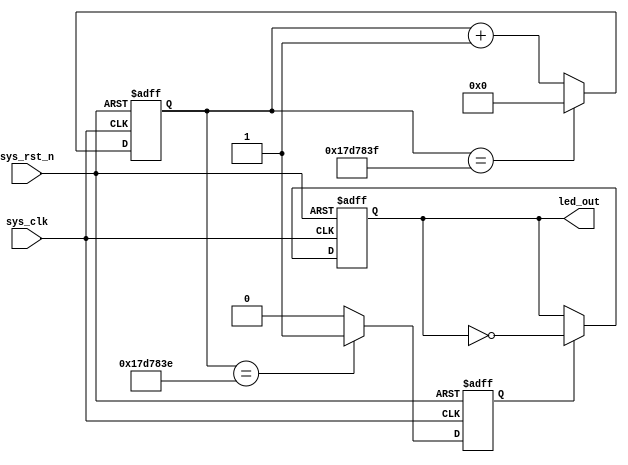
/*
counter with flag
*/
module counter
#(
	parameter cnt_max	= 25'd24_999_999
)
(
	input 	wire	sys_clk,
	input 	wire	sys_rst_n,
	output 	reg		led_out
);

reg 	[24:0]	cnt;
reg				cnt_flag;

always@(posedge sys_clk or negedge sys_rst_n)
	if(sys_rst_n == 1'b0)
		cnt <= 25'b0;
	else if (cnt == cnt_max)
		cnt <= 25'b0;
	else 
		cnt <= cnt + 1'b1;

always@(posedge sys_clk or negedge sys_rst_n)
	if(sys_rst_n == 1'b0)
		cnt_flag <= 1'b0;
	else if (cnt == cnt_max - 25'b1)
		cnt_flag <= 1'b1;
	else
		cnt_flag <= 1'b0;
		
always@(posedge sys_clk or negedge sys_rst_n)
	if(sys_rst_n == 1'b0)
		led_out <= 1'b0;
	else if (cnt_flag == 1'b1)
		led_out <= ~led_out;
		
endmodule